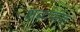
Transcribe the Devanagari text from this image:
शब्दपाक